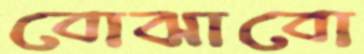
বোঝাবো